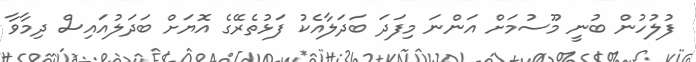
ފުލުހުން ބުނީ މޫސުމަށް އަންނަ މިފަދަ ބަދަލާއެކު ފަޅުތެރޭގެ އޮޔަށް ބަދަލުއައިސް ދިމާވާ